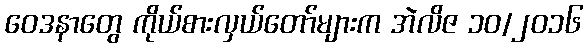
ဝေဒနာတွေ ကိုယ်စားလှယ်တော်များက အဲလိဇ ၁၀/၂၀၁၆